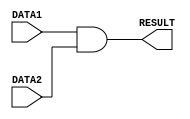
/*
    * CO224 - Computer Architecture
    * Lab 05 - Part 5
    * and unit
    * Group 09 (E/20/148, E/20/157)
    * 2024-05-15
    * Version 1.0
*/


// ALU and unit is used to do and operation in the ALU
module myAND(DATA1, DATA2, RESULT);
    // Input-output Declaration
    input [7:0] DATA1, DATA2;
    output [7:0] RESULT;

    // Result
    assign #1 RESULT = DATA1 & DATA2;
endmodule